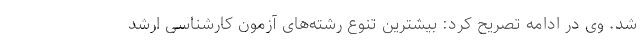
شد. وی در ادامه تصریح کرد: بیشترین تنوع رشته‌های آزمون کارشناسی ارشد